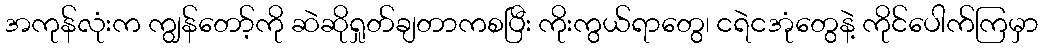
အကုန်လုံးက ကျွန်တော့်ကို ဆဲဆိုရှုတ်ချတာကစပြီး ကိုးကွယ်ရာတွေ၊ ငရဲငအုံတွေနဲ့ ကိုင်ပေါက်ကြမှာ